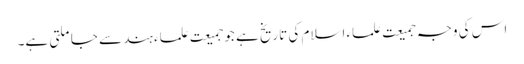
اس کی وجہ جمیعت علماء اسلام کی تاریخ ہے جو جمیعت علماء ہند سے جا ملتی ہے۔